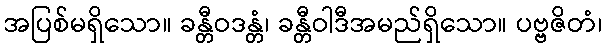
အပြစ်မရှိသော။ ခန္တီဝဒန္တံ၊ ခန္တီဝါဒီအမည်ရှိသော။ ပဗ္ဗဇိတံ၊